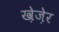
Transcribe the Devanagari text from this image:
ख़ेज़ेर